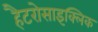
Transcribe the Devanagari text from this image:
हैटरोसाइक्लिक